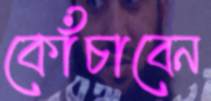
কোঁচাবেন